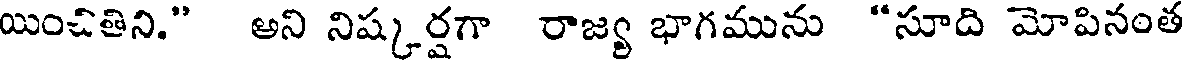
యించితిని." అని నిష్కర్షగా రాజ్య భాగమును "సూది మోపినంత